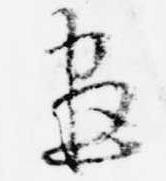
尽